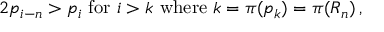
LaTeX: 2 p _ { i - n } > p _ { i } { \mathrm { ~ f o r ~ } } i > k { \mathrm { ~ w h e r e ~ } } k = \pi ( p _ { k } ) = \pi ( R _ { n } ) \, ,